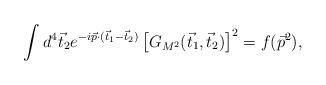
LaTeX: \begin{align*}\int d^{4}\vec{t}_{2}e^{-i\vec{p}\cdot(\vec{t}_{1}-\vec{t}_{2})}\left[G_{M^{2}}(\vec{t}_{1},\vec{t}_{2})\right] ^{2}=f(\vec{p}^{2}),\end{align*}